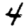
Digit: 4